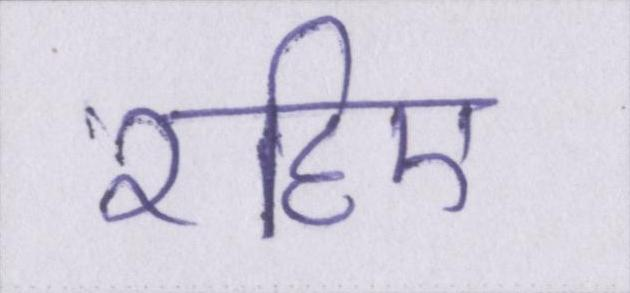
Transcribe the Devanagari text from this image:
रहिए